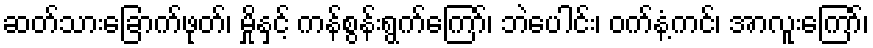
ဆတ်သားခြောက်ဖုတ်၊ မှိုနှင့် ကန်စွန်းရွက်ကြော်၊ ဘဲပေါင်း၊ ဝက်နံ့ကင်၊ အာလူးကြော်၊